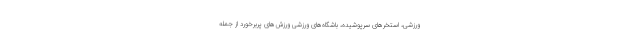
ورزشی، استخرهای سرپوشیده، باشگاه‌های ورزشی ورزش‌های پربرخورد از جمله